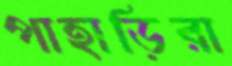
পাহাড়িরা